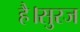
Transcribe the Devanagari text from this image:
है।सुरज